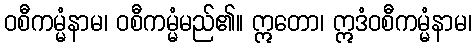
ဝစီကမ္မံနာမ၊ ဝစီကမ္မံမည်၏။ ဣတော၊ ဣဒံဝစီကမ္မံနာမ၊